Inquiry into the circumstances attending an outbreak of cholera in H. M.'s 18th Hussars at Secunderabad in the month of May
Year: 1871
Disease focus: Cholera
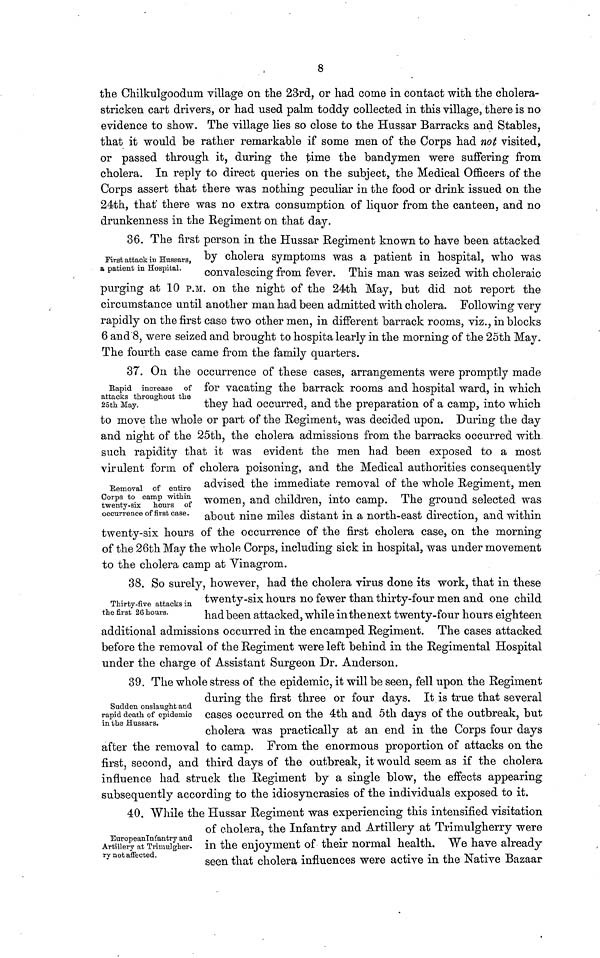
8
the Chilkulgoodum village on the 23rd, or had come in contact with, the cholera-
stricken cart drivers, or had used palm toddy collected in this village, there is no
evidence to show. The village lies so close to the Hussar Barracks and Stables,
that it would be rather remarkable if some men of the Corps had not visited,
or passed through it, during the time the bandymen were suffering from
cholera. In reply to direct queries on the subject, the Medical Officers of the
Corps assert that there was nothing peculiar in the food or drink issued on the
24th, that there was no extra consumption of liquor from the canteen, and no
drunkenness in the Regiment on that day.
First attack in Hussars,
a patient in Hospital.
36. The first person in the Hussar Regiment known to have been attacked
by cholera symptoms was a patient in hospital, who was
convalescing from fever. This man was seized with choleraic
purging at 10 P.M. on the night of the 24th May, but did not report the
circumstance until another man had been admitted with cholera. Following very
rapidly on the first case two other men, in different barrack rooms, viz., in blocks
6 and 8, were seized and brought to hospita learly in the morning of the 25th May.
The fourth case came from, the family quarters.
Rapid increase of
attacks throughout the
25th May.
Removal of entire
Corps to camp within
twenty-six hours of
occurrence of first case.
37. On the occurrence of these cases, arrangements were promptly made
for vacating the barrack rooms and hospital ward, in which
they had occurred, and the preparation of a camp, into which
to move the whole or part of the Regiment, was decided upon. During the day
and night of the 25th, the cholera admissions from the barracks occurred with
such rapidity that it was evident the men had been exposed to a most
virulent form of cholera poisoning, and the Medical authorities consequently
advised the immediate removal of the whole Regiment, men
women, and children, into camp. The ground selected was
about nine miles distant in a north-east direction, and within
twenty-six hours of the occurrence of the first cholera case, on the morning
of the 26th May the whole Corps, including sick in hospital, was under movement
to the cholera camp at Vinagrom.
Thirty-five attacks in
the first 26 hours.
38. So surely, however, had the cholera virus done its work, that in these
twenty-six hours no fewer than thirty-four men and one child
had been attacked, while in the next twenty-four hours eighteen
additional admissions occurred in the encamped Regiment. The cases attacked
before the removal of the Regiment were left behind in the Regimental Hospital
under the charge of Assistant Surgeon Dr. Anderson.
Sudden onslaught and
rapid death of epidemic
in the Hussars.
39. The whole stress of the epidemic, it will be seen, fell upon the Regiment
during the first three or four days. It is true that several
cases occurred on the 4th and 5th days of the outbreak, but
cholera was practically at an end in the Corps four days
after the removal to camp. From the enormous proportion of attacks on the
first, second, and third days of the outbreak, it would seem as if the cholera
influence had struck the Regiment by a single blow, the effects appearing
subsequently according to the idiosyncrasies of the individuals exposed to it.
EuropeanInfantry and
Artillery at Trimulgher-
ry not affected.
40. While the Hussar Regiment was experiencing this intensified visitation
of cholera, the Infantry and Artillery at Trimulgherry were
in the enjoyment of their normal health. We have already
seen that cholera influences were active in the Native Bazaar